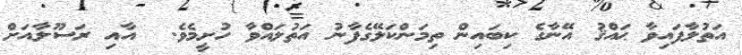
އަތުލާފައިވާ ޙައްޤު އޭނާގެ ކިބައިން ތިމަންކަލޭގެފާނު އަތުލައްވާ ހުށީމެވެ.  އާއި ރަސޫލާއަށް